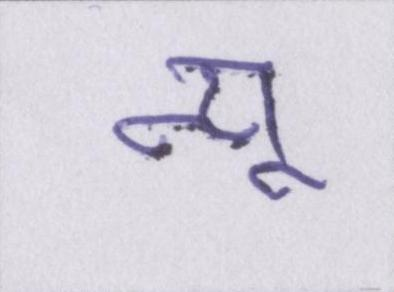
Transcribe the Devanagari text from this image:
न्यू